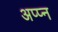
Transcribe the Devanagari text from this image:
अप्प्न